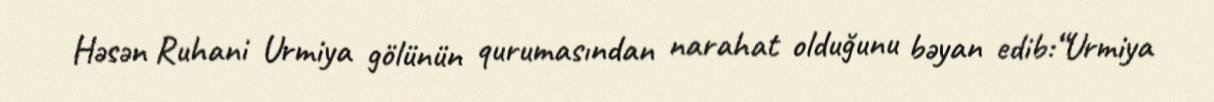
Həsən Ruhani Urmiya gölünün qurumasından narahat olduğunu bəyan edib:“Urmiya